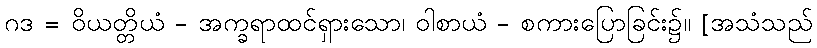
ဂဒ = ဝိယတ္တိယံ - အက္ခရာထင်ရှားသော၊ ဝါစာယံ - စကားပြောခြင်း၌။ [အသံသည်